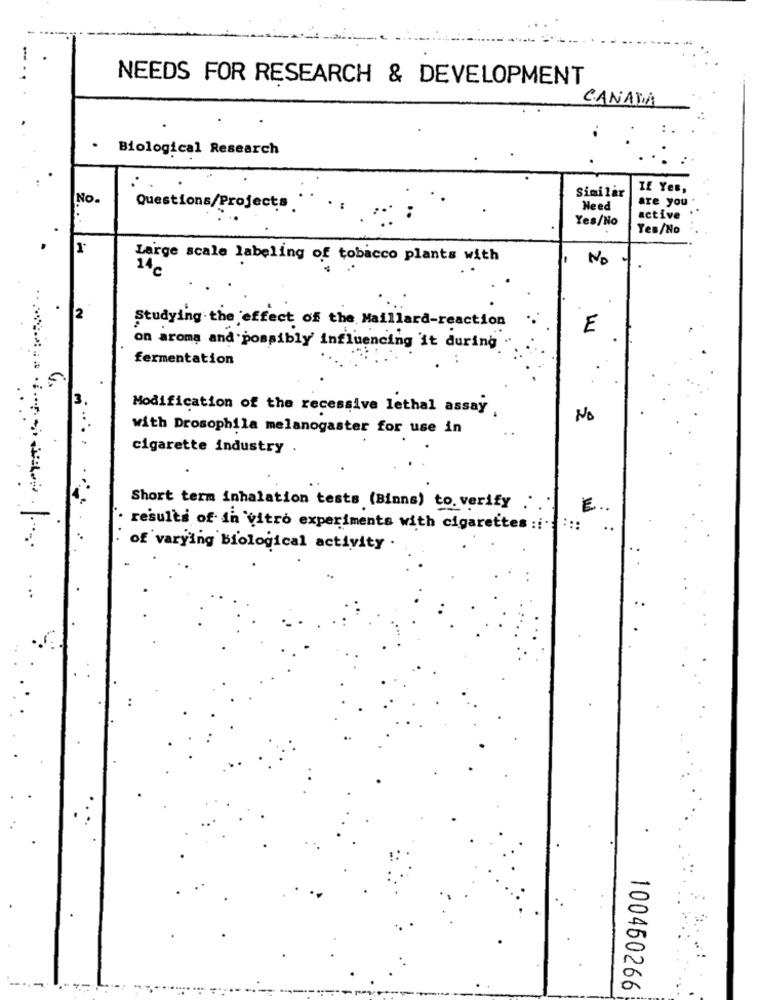
NEEDS FOR RESEARCH & DEVELOPMENT
CANADA
Biological Research
If Yes,
No.
Similar
are you
Questions/Projects
Need
Yes/No
active
Yes/No
Large scale labeling of tobacco plants with
No
14c
2
Studying the effect of the Maillard-reaction
E
on aroma and possibly influencing it during
fermentation
Modification of the recessive lethal assay
No
with Drosophila melanogaster for use in
cigarette industry .
Short term inhalation tests (Binns) to verify
E.
results of in vitro experiments with cigarettes :i .:
of varying Biological activity .
...
--
100450266